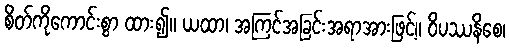
စိတ်ကိုကောင်းစွာ ထား၍။ ယထာ၊ အကြင်အခြင်းအရာအားဖြင့်။ ဝိပဿနိစေ၊